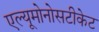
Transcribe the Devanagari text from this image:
एल्यूमोनोसटीकेट